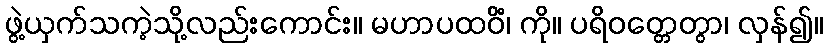
ဖွဲ့ယှက်သကဲ့သို့လည်းကောင်း။ မဟာပထဝိံ၊ ကို။ ပရိဝတ္တေတွာ၊ လှန်၍။